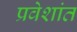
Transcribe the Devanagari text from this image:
प्रवेशांत